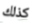
كذلك